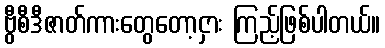
ဗွီစီဒီဇာတ်ကားတွေတော့ငှား ကြည့်ဖြစ်ပါတယ်။